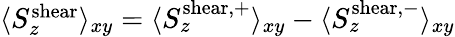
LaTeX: \begin{array}{r}{\langle S_{z}^{\mathrm{shear}}\rangle_{xy}=\langle S_{z}^{\mathrm{shear,+}}\rangle_{xy}-\langle S_{z}^{\mathrm{shear,-}}\rangle_{xy}}\end{array}